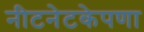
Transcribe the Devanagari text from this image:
नीटनेटकेपणा